Report on lock hospitals in British Burma
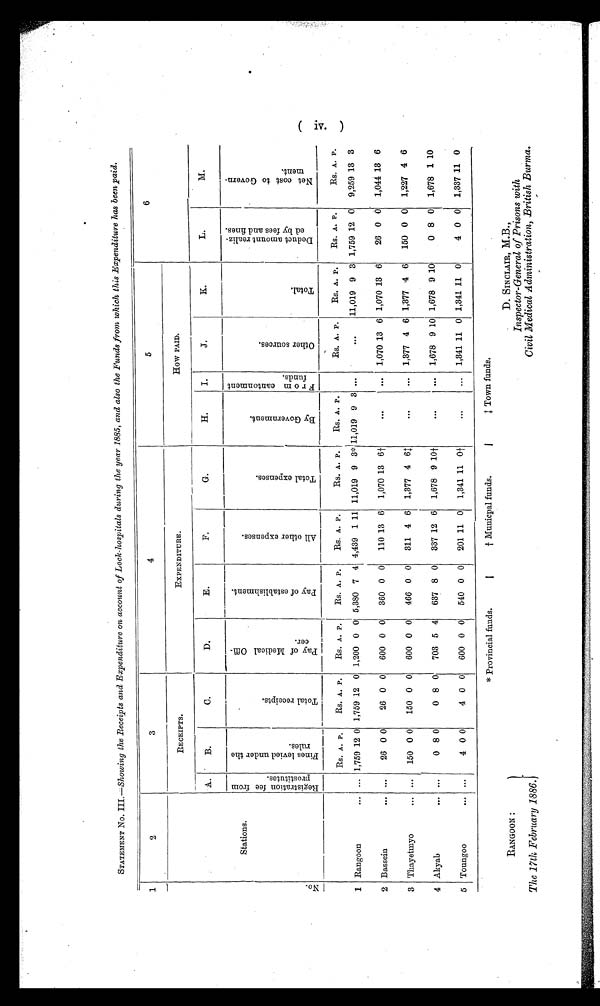
f Municpal funds.
* Provincial funds.
RANGOON :
The 17th February 1886.
4 Town funds.
D. SINCLAIR, M.B.,
Inspector-General of Prisons with
Civil Medical Administration, British Burma.
1
2
3
4
5
6
RECEIPTS.
EXPENDITURE.
How PAID.
A.
B.
C.
D.
E.
F.
G.
H.
I.
J.
K.
L.
M.
N o .
S t a t i o n s .
R e g i s t r a t i o n f e e f r o m p r o s t i t u t e s .
F i n e s l e v i e d u n d e r t h e r u l e s .
T o t a l r e c e i p t s .
6
P a y o f M e d i c a l O f f i c e r .
P a y o f e s t a b l i s h m e n t .
A l l o t h e r e x p e n s e s .
T o t a l e x p e n s e s .
B y G o v e r n m e n t .
Fr om c a nt onme nt f unds .
O t h e r s o u r c e s .
T o t a l .
D e d u c t a m o u n t r e a l i z e d b y f e e s a n d f i n e s .
N e t c o s t t o G o v e r n m e n t .
_
RS. A. P.
Rs. A. P.
RS. A. P.
RS. A. P.
Rs. A. P.
Rs. A. P.i Rs. A. P.
—
Rs. A. P.
—
Rs. A. P.
Rs. A. P.
Rs. A. P.
1 Rangoon
... ... 1,759 12 0 1,759 12 0 1,200 0 0 5,380 7 4 4,439 1 11 11,019 9 3*'11,019 9 3 ...
...
11,019 9 3 1,759 12 0 9,259 13 3
2 Bassein
... ...
26 0 0
26 0 0 600 0 0 360 0 0 110 13 6 1,070 13 61-
. . .
... 1,070 13 6 1,070 13 6
26 0 0 1,044 13 6
3 Thayetinyo
... ...
150 0 0
150 0 0 600 0 0 466 0 0
311 4 6 1,377 4 6
. . .
... 1,377 4 6 1,377 4 6 150 0 0 1,227 4 6
4 Akyab
... ...
0 8 0
0 8 0
703 5 4
637 8 0 337 12 6 1,678 9 101-
...
... 1,678 9 10 1,678 9 10
0 8 0 1,678 1 10
5 Toungoo
... ...
4 0 0
4 0 0 600 0 0
540 0 0
201 11 0 1,341 11
0 †
...
... 1,341 11 0 1,341 11 0
4 0 0 1,337 11 0
e.-.....
.